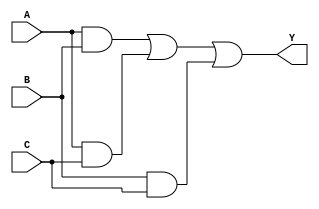
module sop_simplification (
    input wire A,  // Input A
    input wire B,  // Input B
    input wire C,  // Input C
    output wire Y  // Output Y
);

// Intermediate signals for product terms
wire A_and_B;   // AND term for A and B
wire A_and_C;   // AND term for A and C
wire B_and_C;   // AND term for B and C
wire not_A;     // NOT A
wire not_B;     // NOT B
wire not_C;     // NOT C

// NOT gates for input inversion
assign not_A = ~A;
assign not_B = ~B;
assign not_C = ~C;

// AND gates for product terms
assign A_and_B = A & B;          // A AND B
assign A_and_C = A & C;          // A AND C
assign B_and_C = B & C;          // B AND C

// OR gate to combine product terms
assign Y = A_and_B | A_and_C | B_and_C; // Final output Y

endmodule